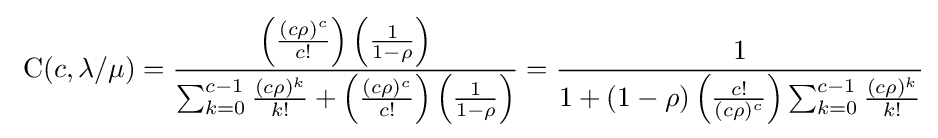
{\text{ C}}(c,\lambda /\mu )={\frac {\left({\frac {(c\rho )^{c}}{c!}}\right)\left({\frac {1}{1-\rho }}\right)}{\sum _{k=0}^{c-1}{\frac {(c\rho )^{k}}{k!}}+\left({\frac {(c\rho )^{c}}{c!}}\right)\left({\frac {1}{1-\rho }}\right)}}={\frac {1}{1+\left(1-\rho \right)\left({\frac {c!}{(c\rho )^{c}}}\right)\sum _{k=0}^{c-1}{\frac {(c\rho )^{k}}{k!}}}}